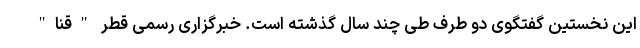
این نخستین گفتگوی دو طرف طی چند سال گذشته است. خبرگزاری رسمی قطر "قنا"